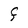
Character: F